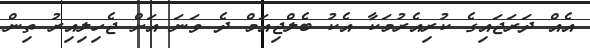
އެއް ދަރަޖައިގެ ކުރިއެރުމަކާ އެކު ބެލްޖިއަމް ދެ ވަނަ އަށް ޖެހިލިއިރު ތިން